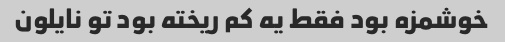
خوشمزه بود فقط یه کم ریخته بود تو نایلون